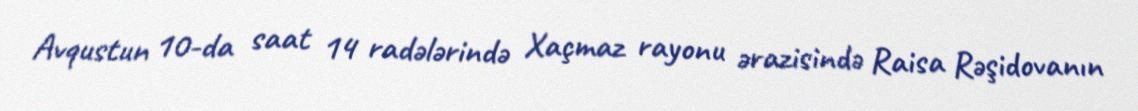
Avqustun 10-da saat 14 radələrində Xaçmaz rayonu ərazisində Raisa Rəşidovanın